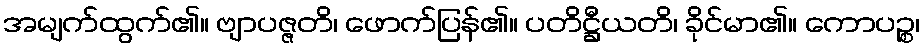
အမျက်ထွက်၏။ ဗျာပဇ္ဇတိ၊ ဖောက်ပြန်၏။ ပတိဋ္ဌီယတိ၊ ခိုင်မာ၏။ ကောပဉ္စ၊